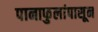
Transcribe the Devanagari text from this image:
पानाफुलांपासून